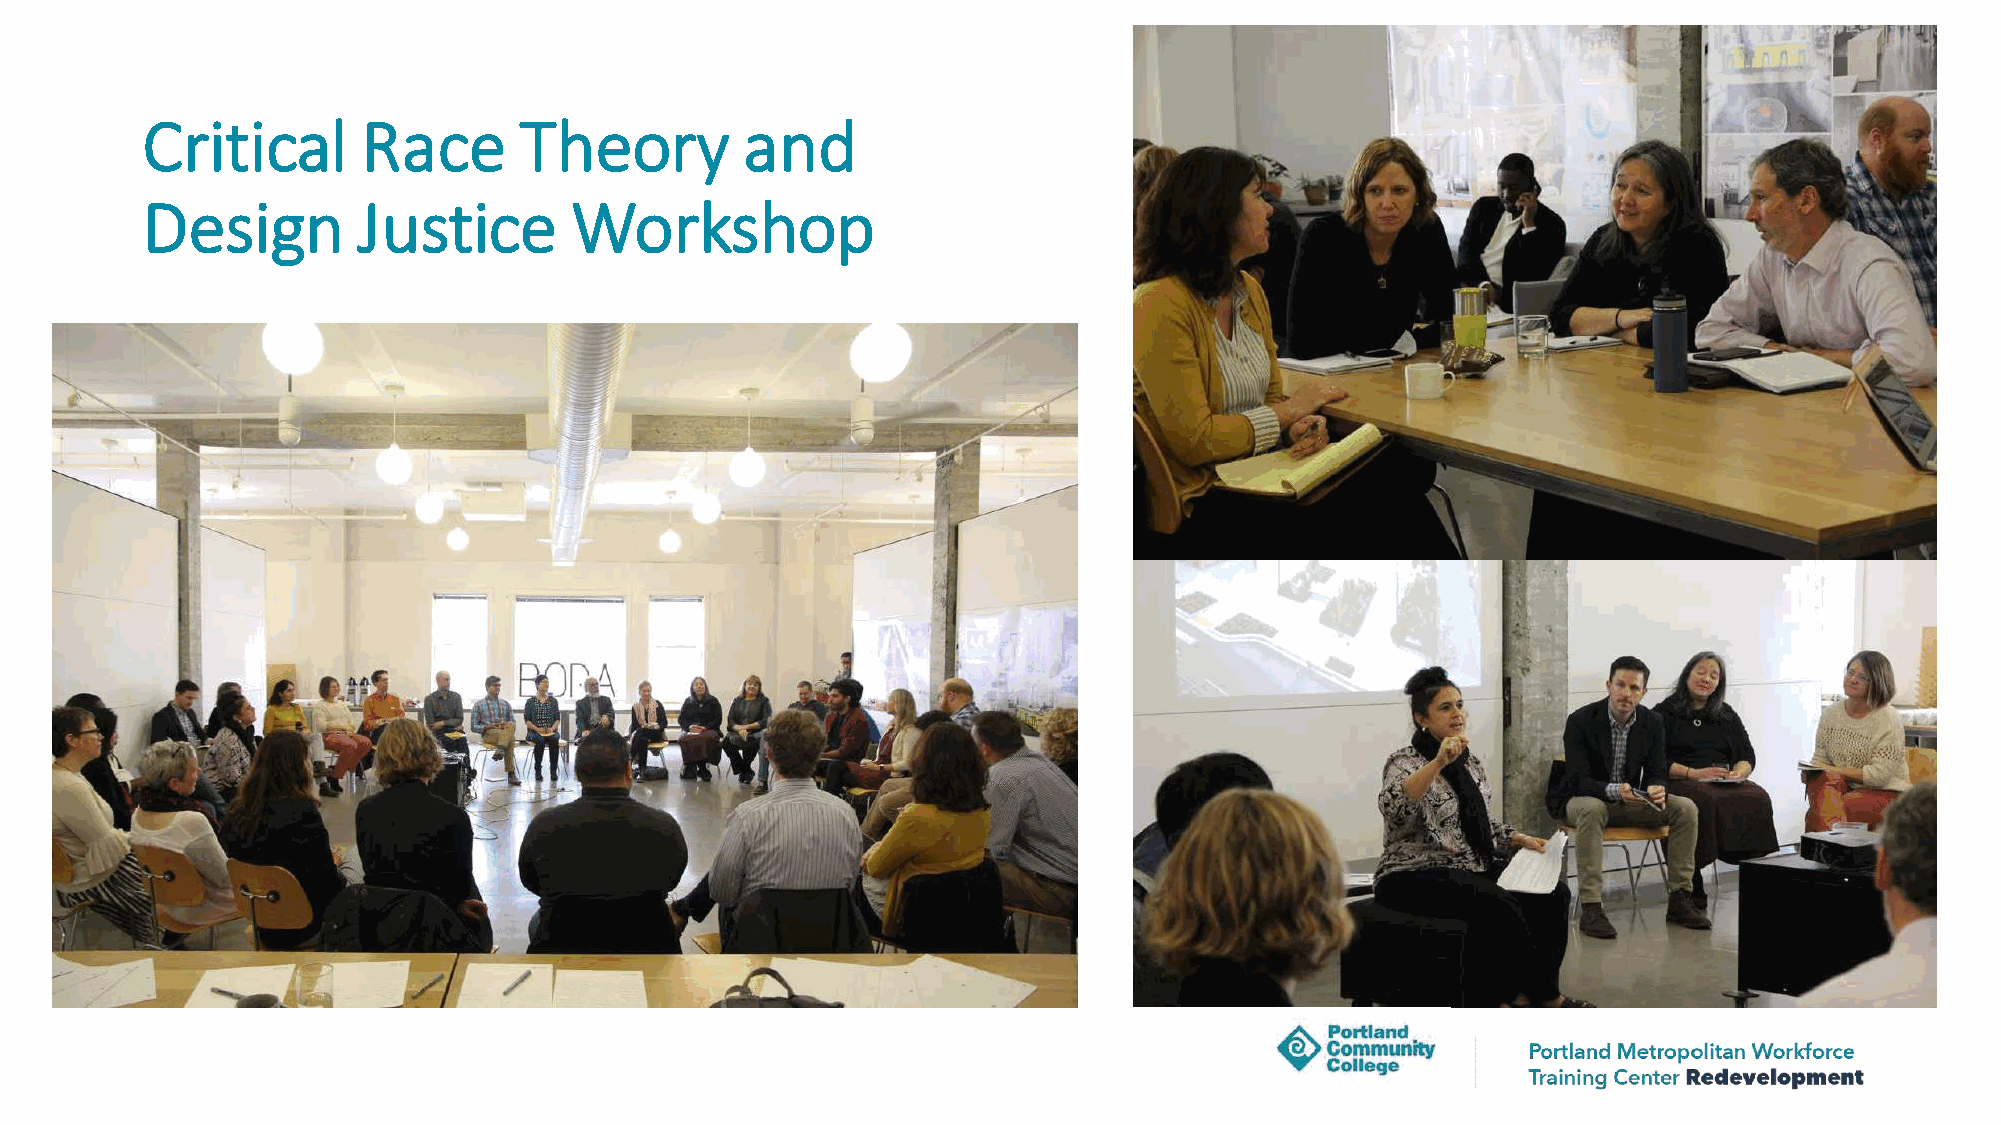
Critical       Race      Theory         and
 Design         Justice       Workshop